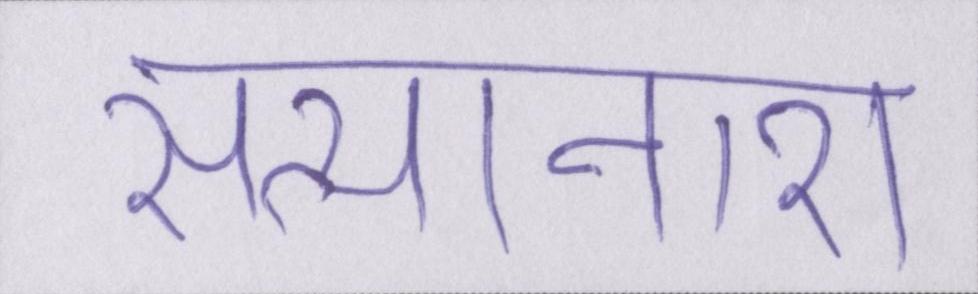
सत्यानाश